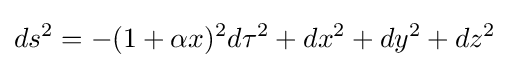
ds^{2}=-(1+\alpha x){}^{2}d\tau ^{2}+dx^{2}+dy^{2}+dz^{2}